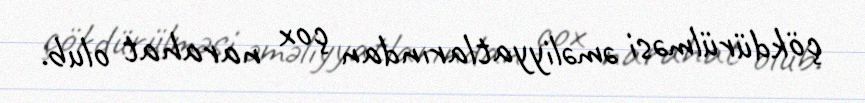
çökdürülməsi əməliyyatlarından çox narahat olub.